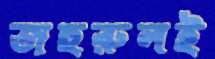
জহুরুলই